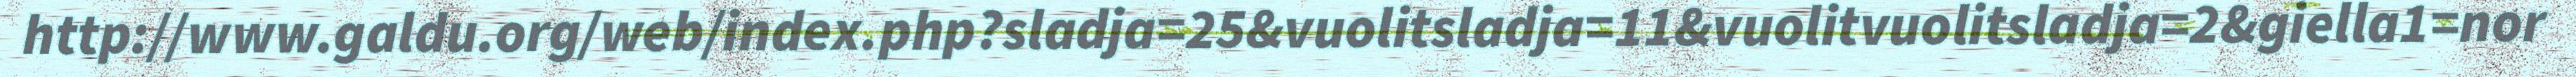
http://www.galdu.org/web/index.php?sladja=25&vuolitsladja=11&vuolitvuolitsladja=2&giella1=nor